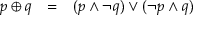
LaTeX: \begin{array} { l l l } { p \oplus q } & { = } & { ( p \land \lnot q ) \lor ( \lnot p \land q ) } \end{array}